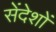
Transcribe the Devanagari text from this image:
सेंदेशों